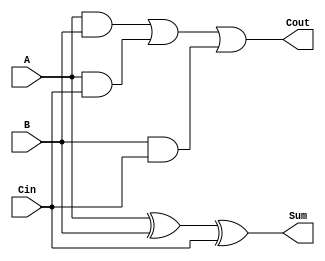
`timescale 1ns / 1ps
//////////////////////////////////////////////////////////////////////////////////
// Company: 
// Engineer: 
// 
// Design Name: 
// Module Name: task1_fulladder
// Project Name: 
// Target Devices: 
// Tool Versions: 
// Description: 
// 
// Dependencies: 
// 
// Revision:
// Revision 0.01 - File Created
// Additional Comments:
// 
//////////////////////////////////////////////////////////////////////////////////


module task1_fulladder(A,B,Cin,Cout,Sum);
    input A,B,Cin;
    output Cout,Sum;
    
    wire w1,w2,w3;
    
    and and1(w1,A,B);
    and and2(w2,A,Cin);
    and and3(w3,B,Cin);
    xor xor1(Sum,A,B,Cin);
    or or1(Cout,w1,w2,w3);
    
endmodule